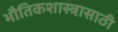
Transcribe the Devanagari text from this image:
भौतिकशास्त्रासाठी